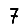
Digit: 7